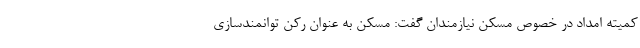
کمیته امداد در خصوص مسکن نیازمندان گفت: مسکن به عنوان رکن توانمندسازی